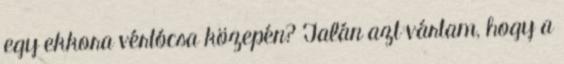
egy ekkora vértócsa közepén? Talán azt vártam, hogy a